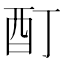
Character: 酊